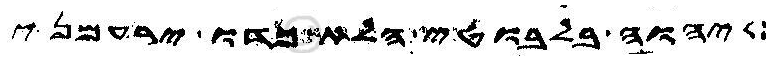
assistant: יהוה בלבוטי הלא כדו ירעמני